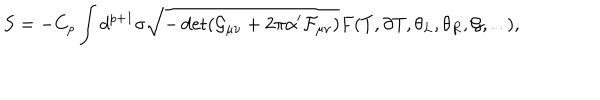
LaTeX: S = - C _ { p } \int d ^ { p + 1 } \sigma \sqrt { - \det ( \mathcal { G } _ { \mu \nu } + 2 \pi \alpha ^ { \prime } \mathcal { F } _ { \mu \nu } ) } F ( T , \partial T , \theta _ { L } , \theta _ { R } , \mathcal { G } , . . ) ,